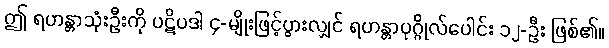
ဤ ရဟန္တာသုံးဦးကို ပဋိပဒါ ၄-မျိုးဖြင့်ပွားလျှင် ရဟန္တာပုဂ္ဂိုလ်ပေါင်း ၁၂-ဦး ဖြစ်၏။